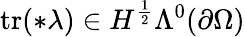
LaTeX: \mathrm{tr}(\ast\lambda)\in H^{\frac{1}{2}}\Lambda^{0}(\partial\Omega)